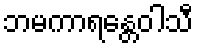
ဘမကာရန္တေဝါသီ